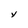
Character: y